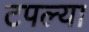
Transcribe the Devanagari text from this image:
टपल्या